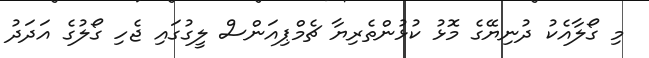
މި ގޯލާއެކު ދުނިޔޭގެ މޮޅު ކުޅުންތެރިޔާ ޗެމްޕިއަންސް ލީގުގައި ޖެހި ގޯލުގެ އަދަދު